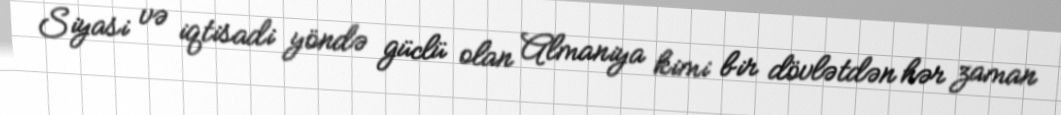
Siyasi və iqtisadi yöndə güclü olan Almaniya kimi bir dövlətdən hər zaman